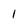
Character: 1